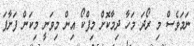
ނަމަވެސް މި ރޯދަ މަހާ ދިމާކޮށް މިފްކޯ އިން މިވަނީ މިކަން ފަށާފަ